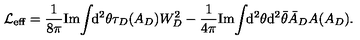
{ \cal L } _ { \mathrm { e f f } } = \frac { 1 } { 8 \pi } \mathrm { I m } \! \int \! \! \mathrm { d } ^ { 2 } \theta \tau _ { D } ( A _ { D } ) W _ { D } ^ { 2 } - \frac { 1 } { 4 \pi } \mathrm { I m } \! \int \! \! \mathrm { d } ^ { 2 } \theta \mathrm { d } ^ { 2 } \bar { \theta } \bar { A } _ { D } A ( A _ { D } ) .